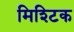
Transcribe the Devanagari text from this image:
मिश्टिक